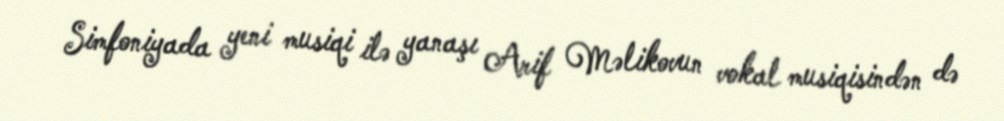
Simfoniyada yeni musiqi ilə yanaşı Arif Məlikovun vokal musiqisindən də